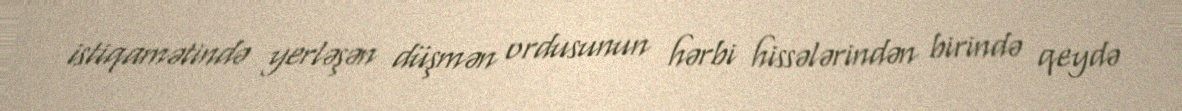
istiqamətində yerləşən düşmən ordusunun hərbi hissələrindən birində qeydə